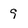
Character: 9